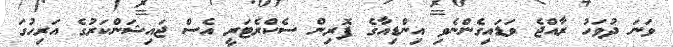
ވަނަ ދުވަހު ރާއްޖެ ވަޑައިގެންނެވި އިންޑިއާގެ ފޮރިން ސެކްރެޓަރީ އެސް ޖައިޝަންކަރުގެ އަރިހުގަ